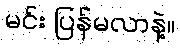
မင်း ပြန်မလာနဲ့။